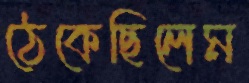
ঠেকেছিলেম